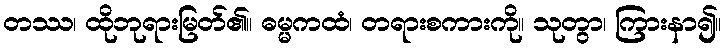
တဿ၊ ထိုဘုရားမြတ်၏။ ဓမ္မကထံ၊ တရားစကားကို။ သုတွာ၊ ကြားနာ၍။